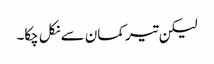
لیکن تیر کمان سے نکل چکا۔